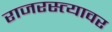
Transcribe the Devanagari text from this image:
राजरस्त्यावर